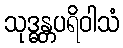
သုဒ္ဓန္တပရိဝါသံ